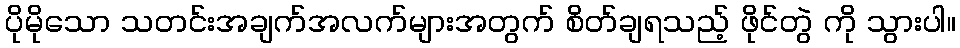
ပိုမိုသော သတင်းအချက်အလက်များအတွက် စိတ်ချရသည့် ဖိုင်တွဲ ကို သွားပါ။